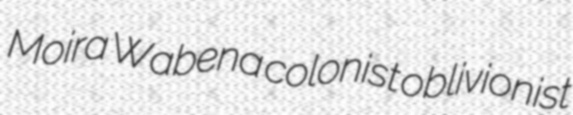
Moira Wabena colonist oblivionist